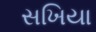
સખિયા